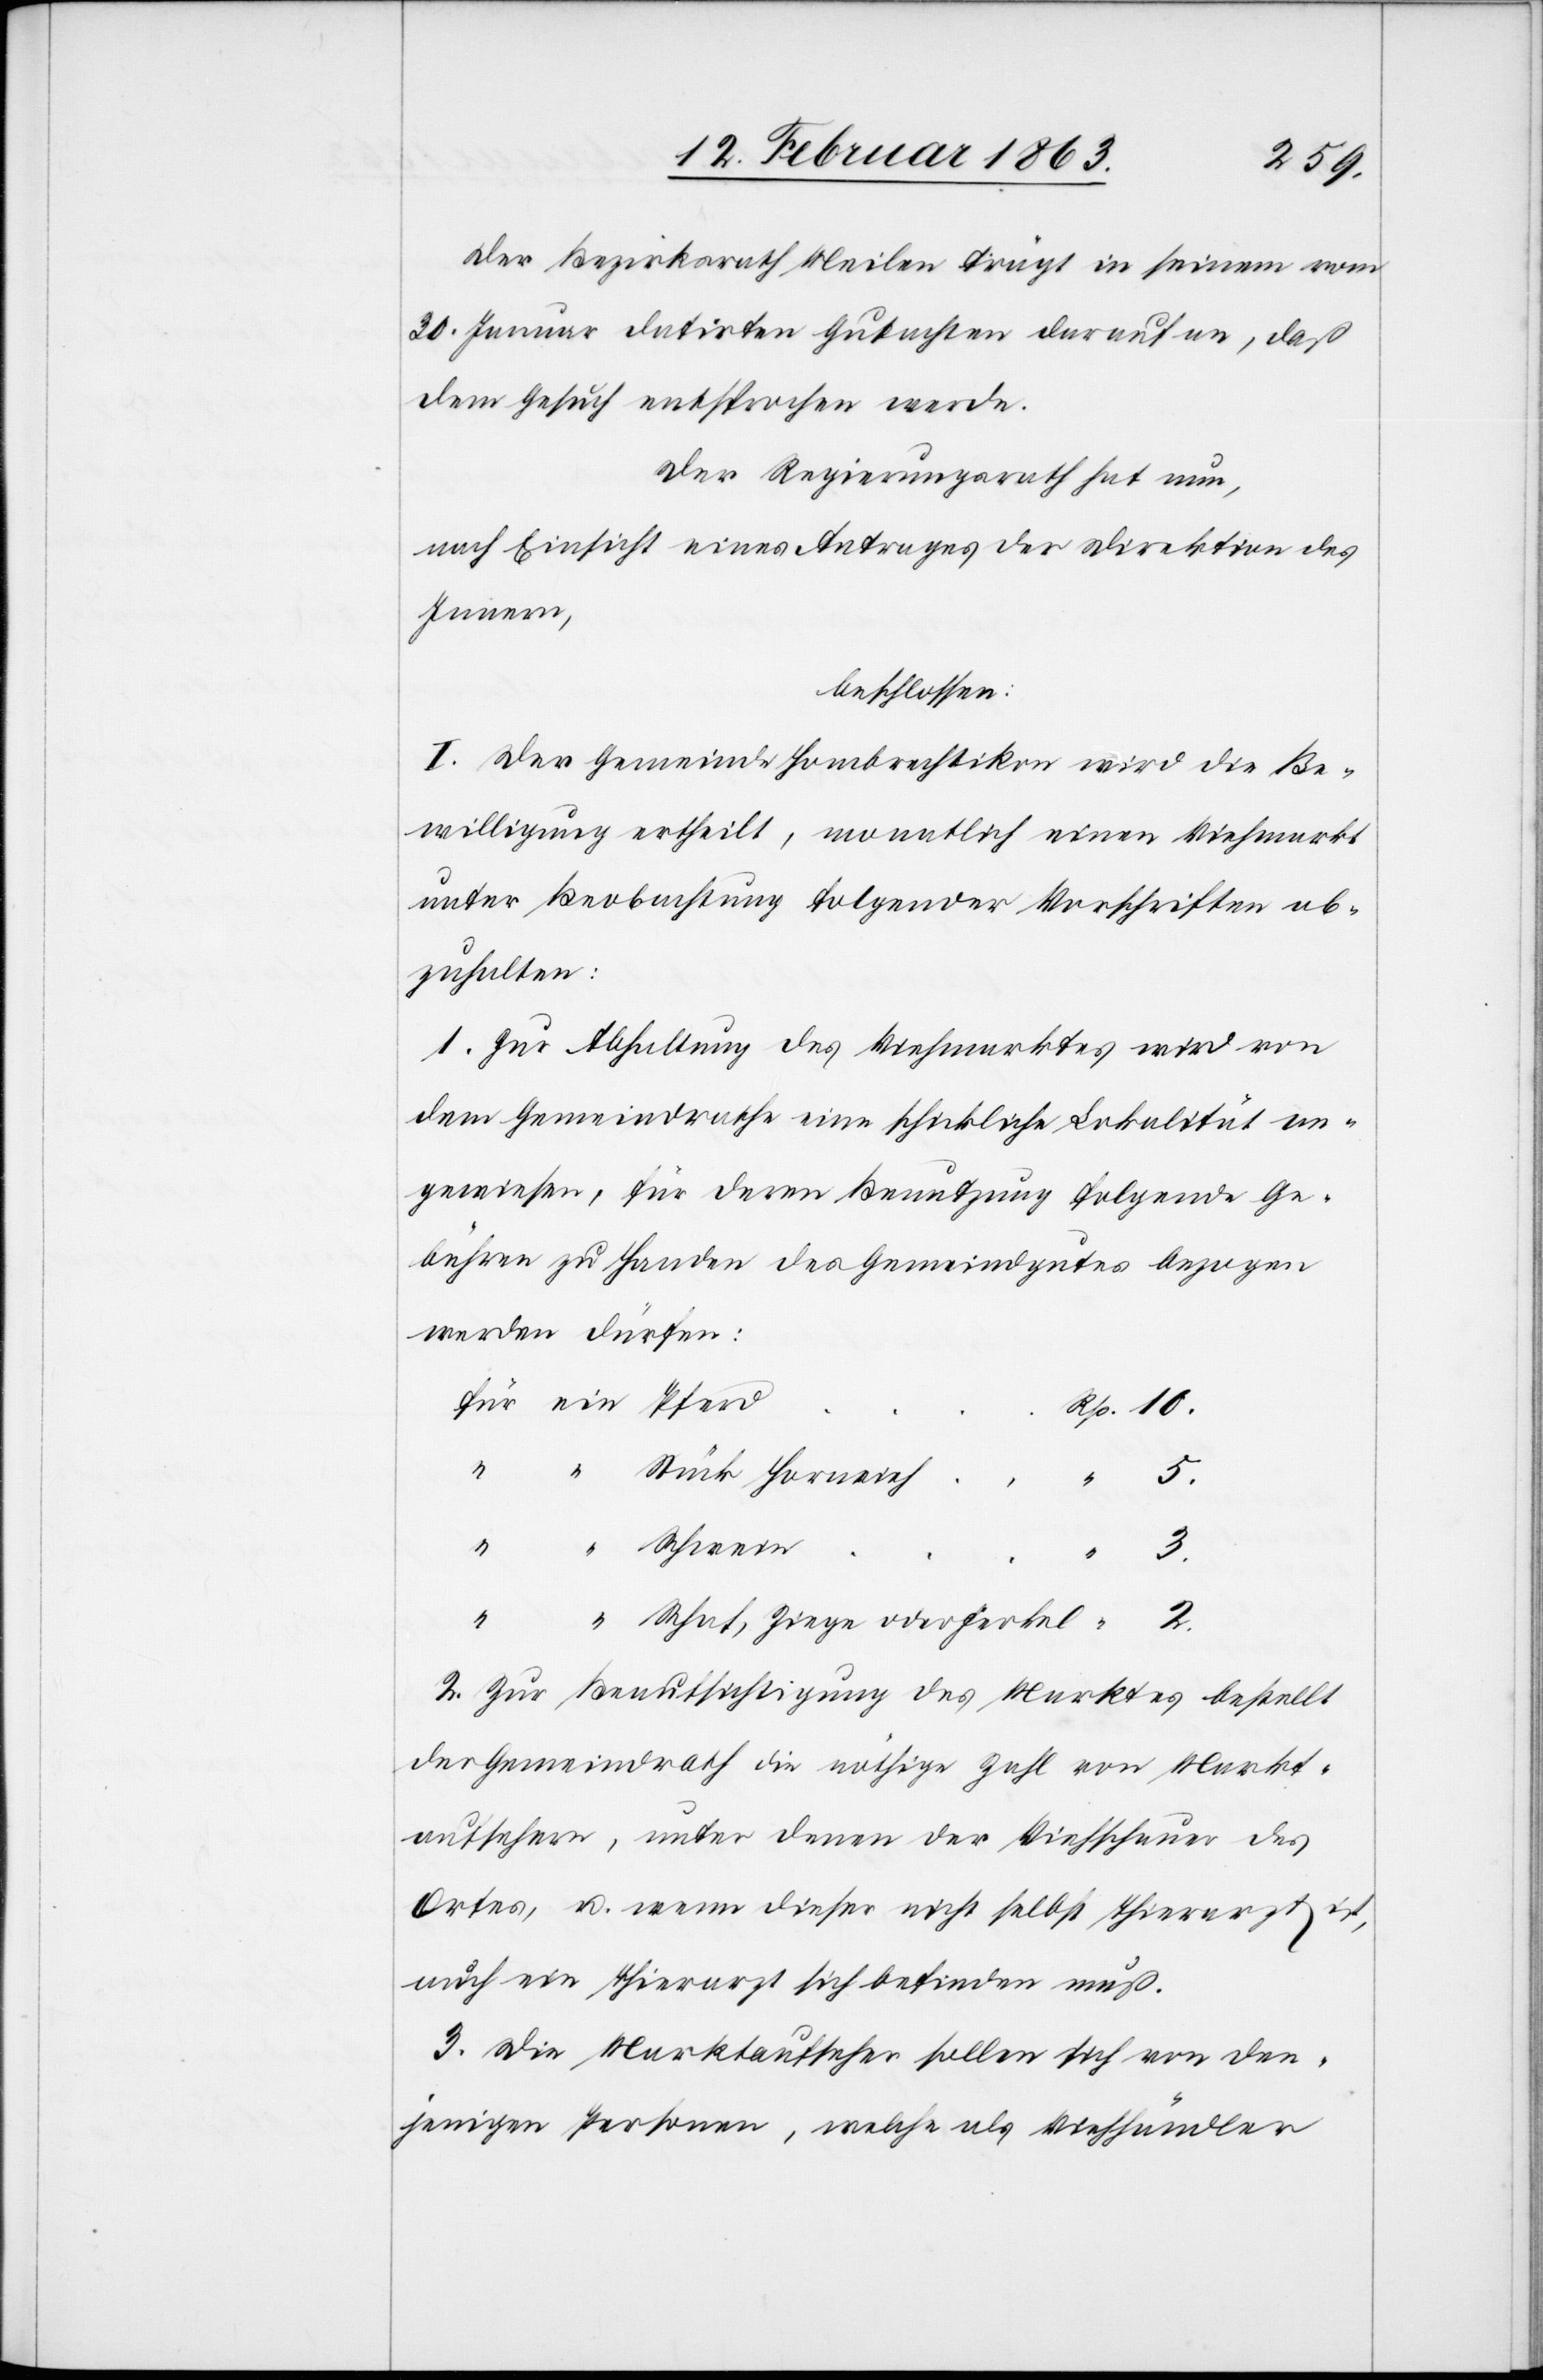
Der Bezirksrath Meilen trägt in seinem vom
30. Januar datirten Gutachten darauf an, daß
dem Gesuch entsprochen werde.
Der Regierungsrath hat nun,
nach Einsicht eines Antrages der Direktion des
Innern,
beschlossen:
I. Der Gemeinde Hombrechtikon wird die Be¬
willigung ertheilt, monatlich einen Viehmarkt
unter Beobachtung folgender Vorschriften ab¬
zuhalten:
1. Zur Abhaltung des Viehmarktes wird von
dem Gemeindrathe eine schickliche Lokalität an¬
gewiesen, für deren Benutzung folgende Ge¬
bühren zu Handen des Gemeindgutes bezogen
werden dürfen:
für ein Pfer¬
d	Rp. 10.
“ 5.
3.
“	“	Schaf, Ziege oder Ferkel	 “ 2.
2. Zur Beaufsichtigung des Marktes bestellt
der Gemeindrath die nöthige Zahl von Markt¬
aufsehern, unter denen der Viehschauer des
Ortes, u. wenn dieser nicht selbst Thierarzt ist,
auch ein Thierarzt sich befinden muß.
3. Die Marktaufseher sollen sich von den¬
jenigen Personen, welche als Viehhändler